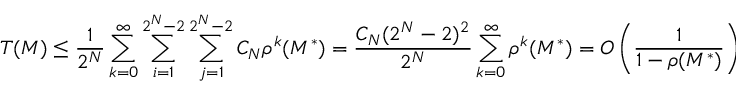
T ( M ) \leq \frac { 1 } { 2 ^ { N } } \sum _ { k = 0 } ^ { \infty } \sum _ { i = 1 } ^ { 2 ^ { N } - 2 } \sum _ { j = 1 } ^ { 2 ^ { N } - 2 } C _ { N } \rho ^ { k } ( M ^ { \ast } ) = \frac { C _ { N } ( 2 ^ { N } - 2 ) ^ { 2 } } { 2 ^ { N } } \sum _ { k = 0 } ^ { \infty } \rho ^ { k } ( M ^ { \ast } ) = O \left( \frac { 1 } { 1 - \rho ( M ^ { \ast } ) } \right) ,